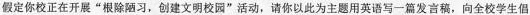
假定你校正在开展”根除陋习，创建文明校园”活动，请你以此为主题用英语写一篇发言稿，向全校学生倡